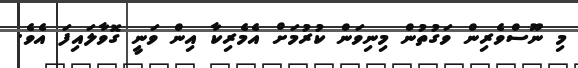
މި ނޫސްވެރިން ވަގުތުން މިނިވަން ކުރުމަށް އެމެރިކާ އިން ވަނީ ގޮވާލައިފަ އެވެ.